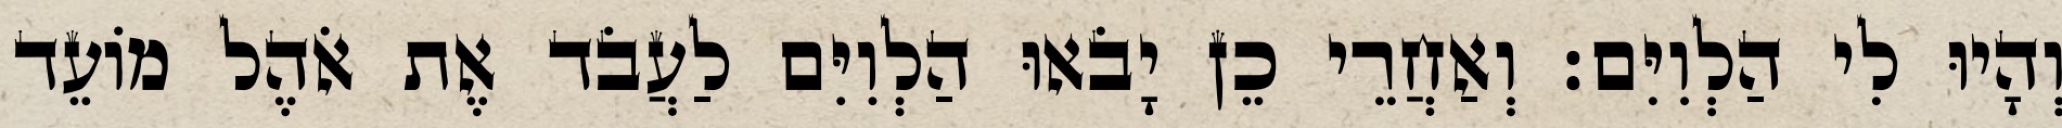
וְהָיוּ לִי הַלְוִיִּם׃ וְאַחֲרֵי כֵן יָבֹאוּ הַלְוִיִּם לַעֲבֹד אֶת אֹהֶל מוֹעֵד